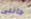
جانبى